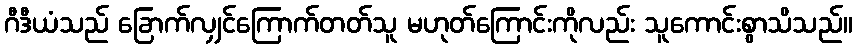
ဂီဒီယံသည် ခြောက်လျှင်ကြောက်တတ်သူ မဟုတ်ကြောင်းကိုလည်း သူကောင်းစွာသိသည်။